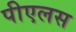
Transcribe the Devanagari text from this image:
पीएलस